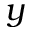
y